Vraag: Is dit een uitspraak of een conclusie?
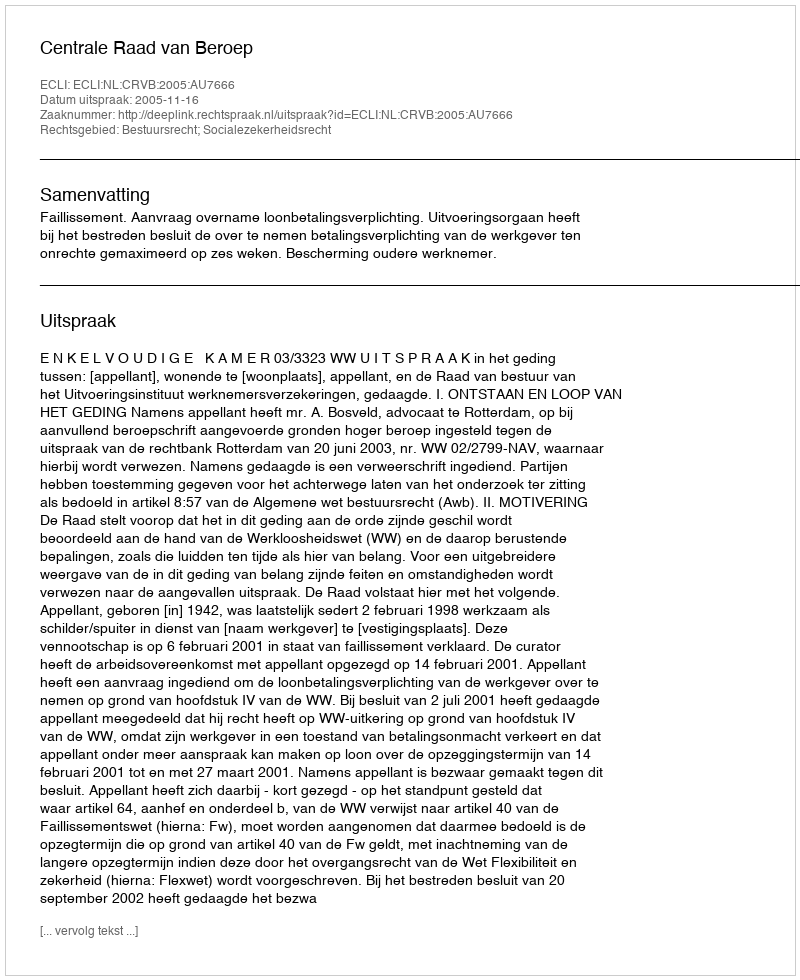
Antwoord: Uitspraak